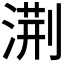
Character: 𭱧